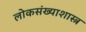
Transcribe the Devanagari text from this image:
लोकसंख्याशास्त्र